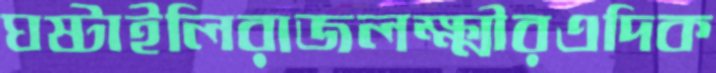
ঘষ্‌টাইলিরাজলক্ষ্মীরএদিক